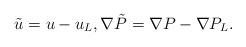
LaTeX: \begin{align*}\tilde{u}=u-u_{L},\nabla\tilde{P}=\nabla P-\nabla P_{L}.\end{align*}